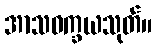
အာသဝက္ခယသုတ်။